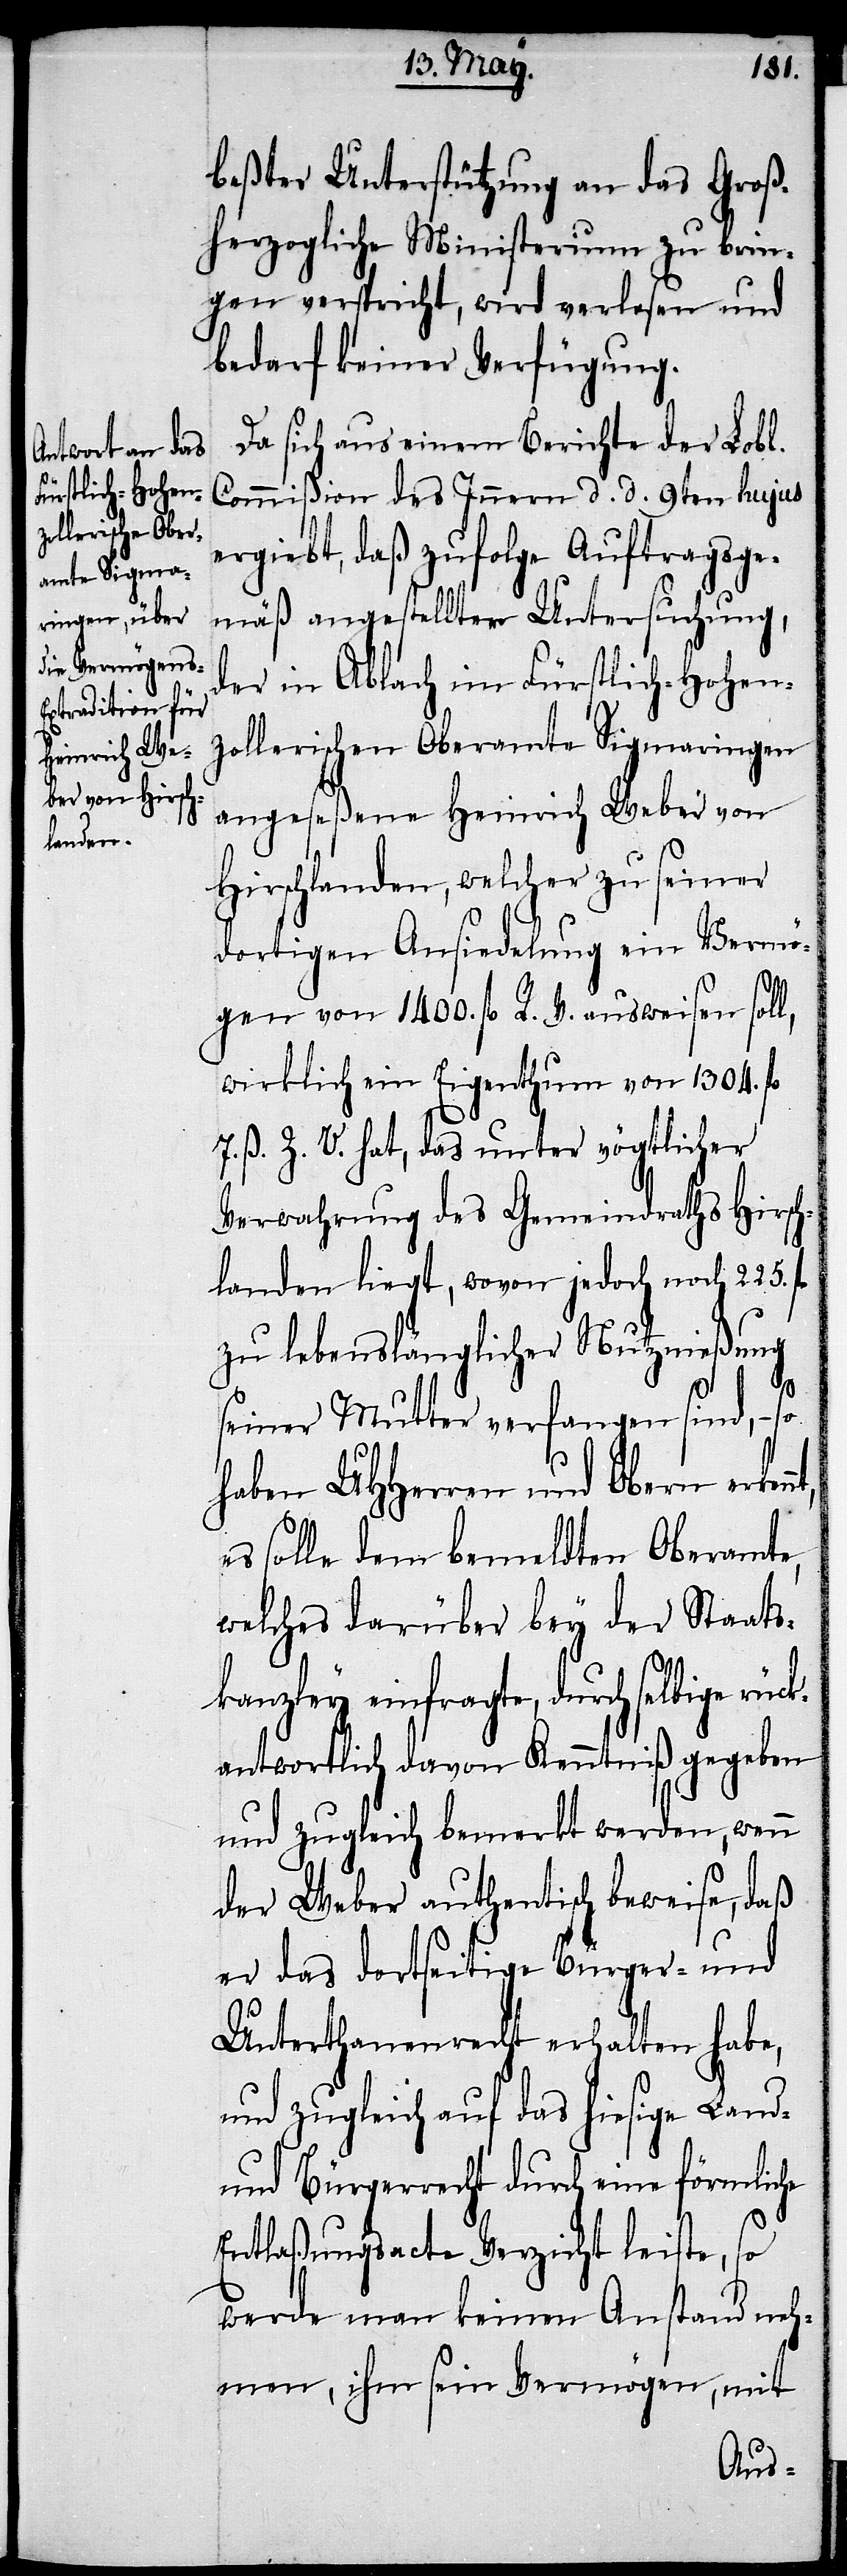
nt,
beßter Unterstützung an das Groß¬
herzogliche Ministerium zu brin¬
gen verspricht, wird verlesen und
bedarf keiner Verfügung.
Da sich aus einem Berichte der Lobl.
Commißion des Innern d. d. 9ten hujus
ergiebt, daß zufolge Auftragsge¬
mäß angestellten Untersuchung,
der in Ablach im Fürstlich-Hohen¬
zollerischen Oberamte Sigmaringen
angeseßene Heinrich Weber von
Hirschlanden, welcher zu seiner
dortigen Ansiedlung ein Vermö¬
gen von 1400. fl. R. V. ausweisen soll,
wirklich ein Eigenthum von 1304. fl.
7. ß. Z. V. hat, das unter vögtlicher
Verwahrung des Gemeindraths Hirsch¬
landen liegt, wovon jedoch noch 225.
zu lebenslänglicher Nutznießung
seiner Mutter verfangen sind, – so
haben UHHerren und Obern erken¬
solle dem bemeldten Oberamte,
welches darüber bey der Staats¬
kanzley einfragte, durch selbige rück¬
antwortlich davon Kenntniß gegeben
und zugleich bemerkt werden, wenn
der Weber authentisch beweise, daß
er das dortseitige Bürger- und
Unterthanenrecht erhalten habe,
und zugleich auf das hiesige Land-
und Bürgerrecht durch eine förmliche
Entlaßungsacte Verzicht leiste, so
werde man keinen Anstand neh¬
men, ihm sein Vermögen, mit